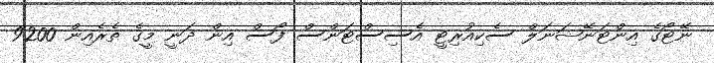
ނޭޓޯގެ އިންޓަނޭޝަނަލް ސެކިއުރިޓީ އެސިސްޓަންސް ފޯސް އިން ދަނީ މީގެ ތެރެއިން 9200